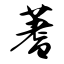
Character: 蓍